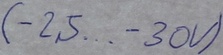
Text: (-25...-30V)